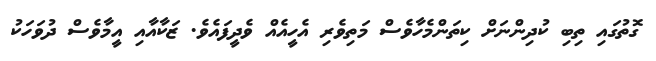
ގޮތުގައި ތިބި ކުދިންނަށް ކިތަންމެހާވެސް މަތިވެރި އެހީއެއް ވެދީފައެވެ. ޒަކާއާއި އީމާވެސް ދުވަހަކު